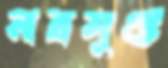
নরমুণ্ড